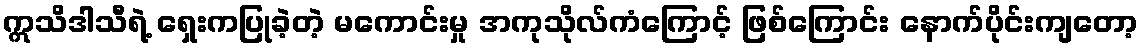
ဣသိဒါသီရဲ့ ရှေးကပြုခဲ့တဲ့ မကောင်းမှု အကုသိုလ်ကံကြောင့် ဖြစ်ကြောင်း နောက်ပိုင်းကျတော့